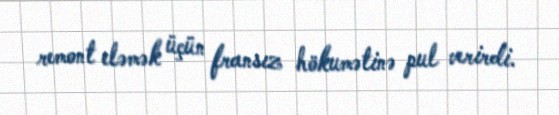
remont eləmək üçün fransız hökumətinə pul verirdi.